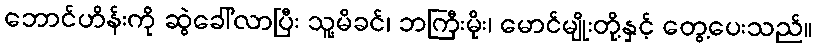
ဘောင်ဟိန်းကို ဆွဲခေါ်လာပြီး သူ့မိခင်၊ ဘကြီးမိုး၊ မောင်မျိုးတို့နှင့် တွေ့ပေးသည်။